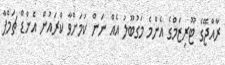
ރާއްޖޭގެ ޓޫރިޒަމްގެ އެންމެ މަގުބޫލު އެއް ނަން ކަމަށްވާ ކްރައުން އެންޑް ޗަމްޕާ